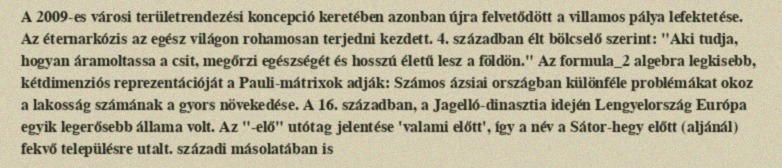
A 2009-es városi területrendezési koncepció keretében azonban újra felvetődött a villamos pálya lefektetése. Az éternarkózis az egész világon rohamosan terjedni kezdett. 4. században élt bölcselő szerint: "Aki tudja, hogyan áramoltassa a csit, megőrzi egészségét és hosszú életű lesz a földön." Az formula_2 algebra legkisebb, kétdimenziós reprezentációját a Pauli-mátrixok adják: Számos ázsiai országban különféle problémákat okoz a lakosság számának a gyors növekedése. A 16. században, a Jagelló-dinasztia idején Lengyelország Európa egyik legerősebb állama volt. Az "-elő" utótag jelentése 'valami előtt', így a név a Sátor-hegy előtt (aljánál) fekvő településre utalt. századi másolatában is